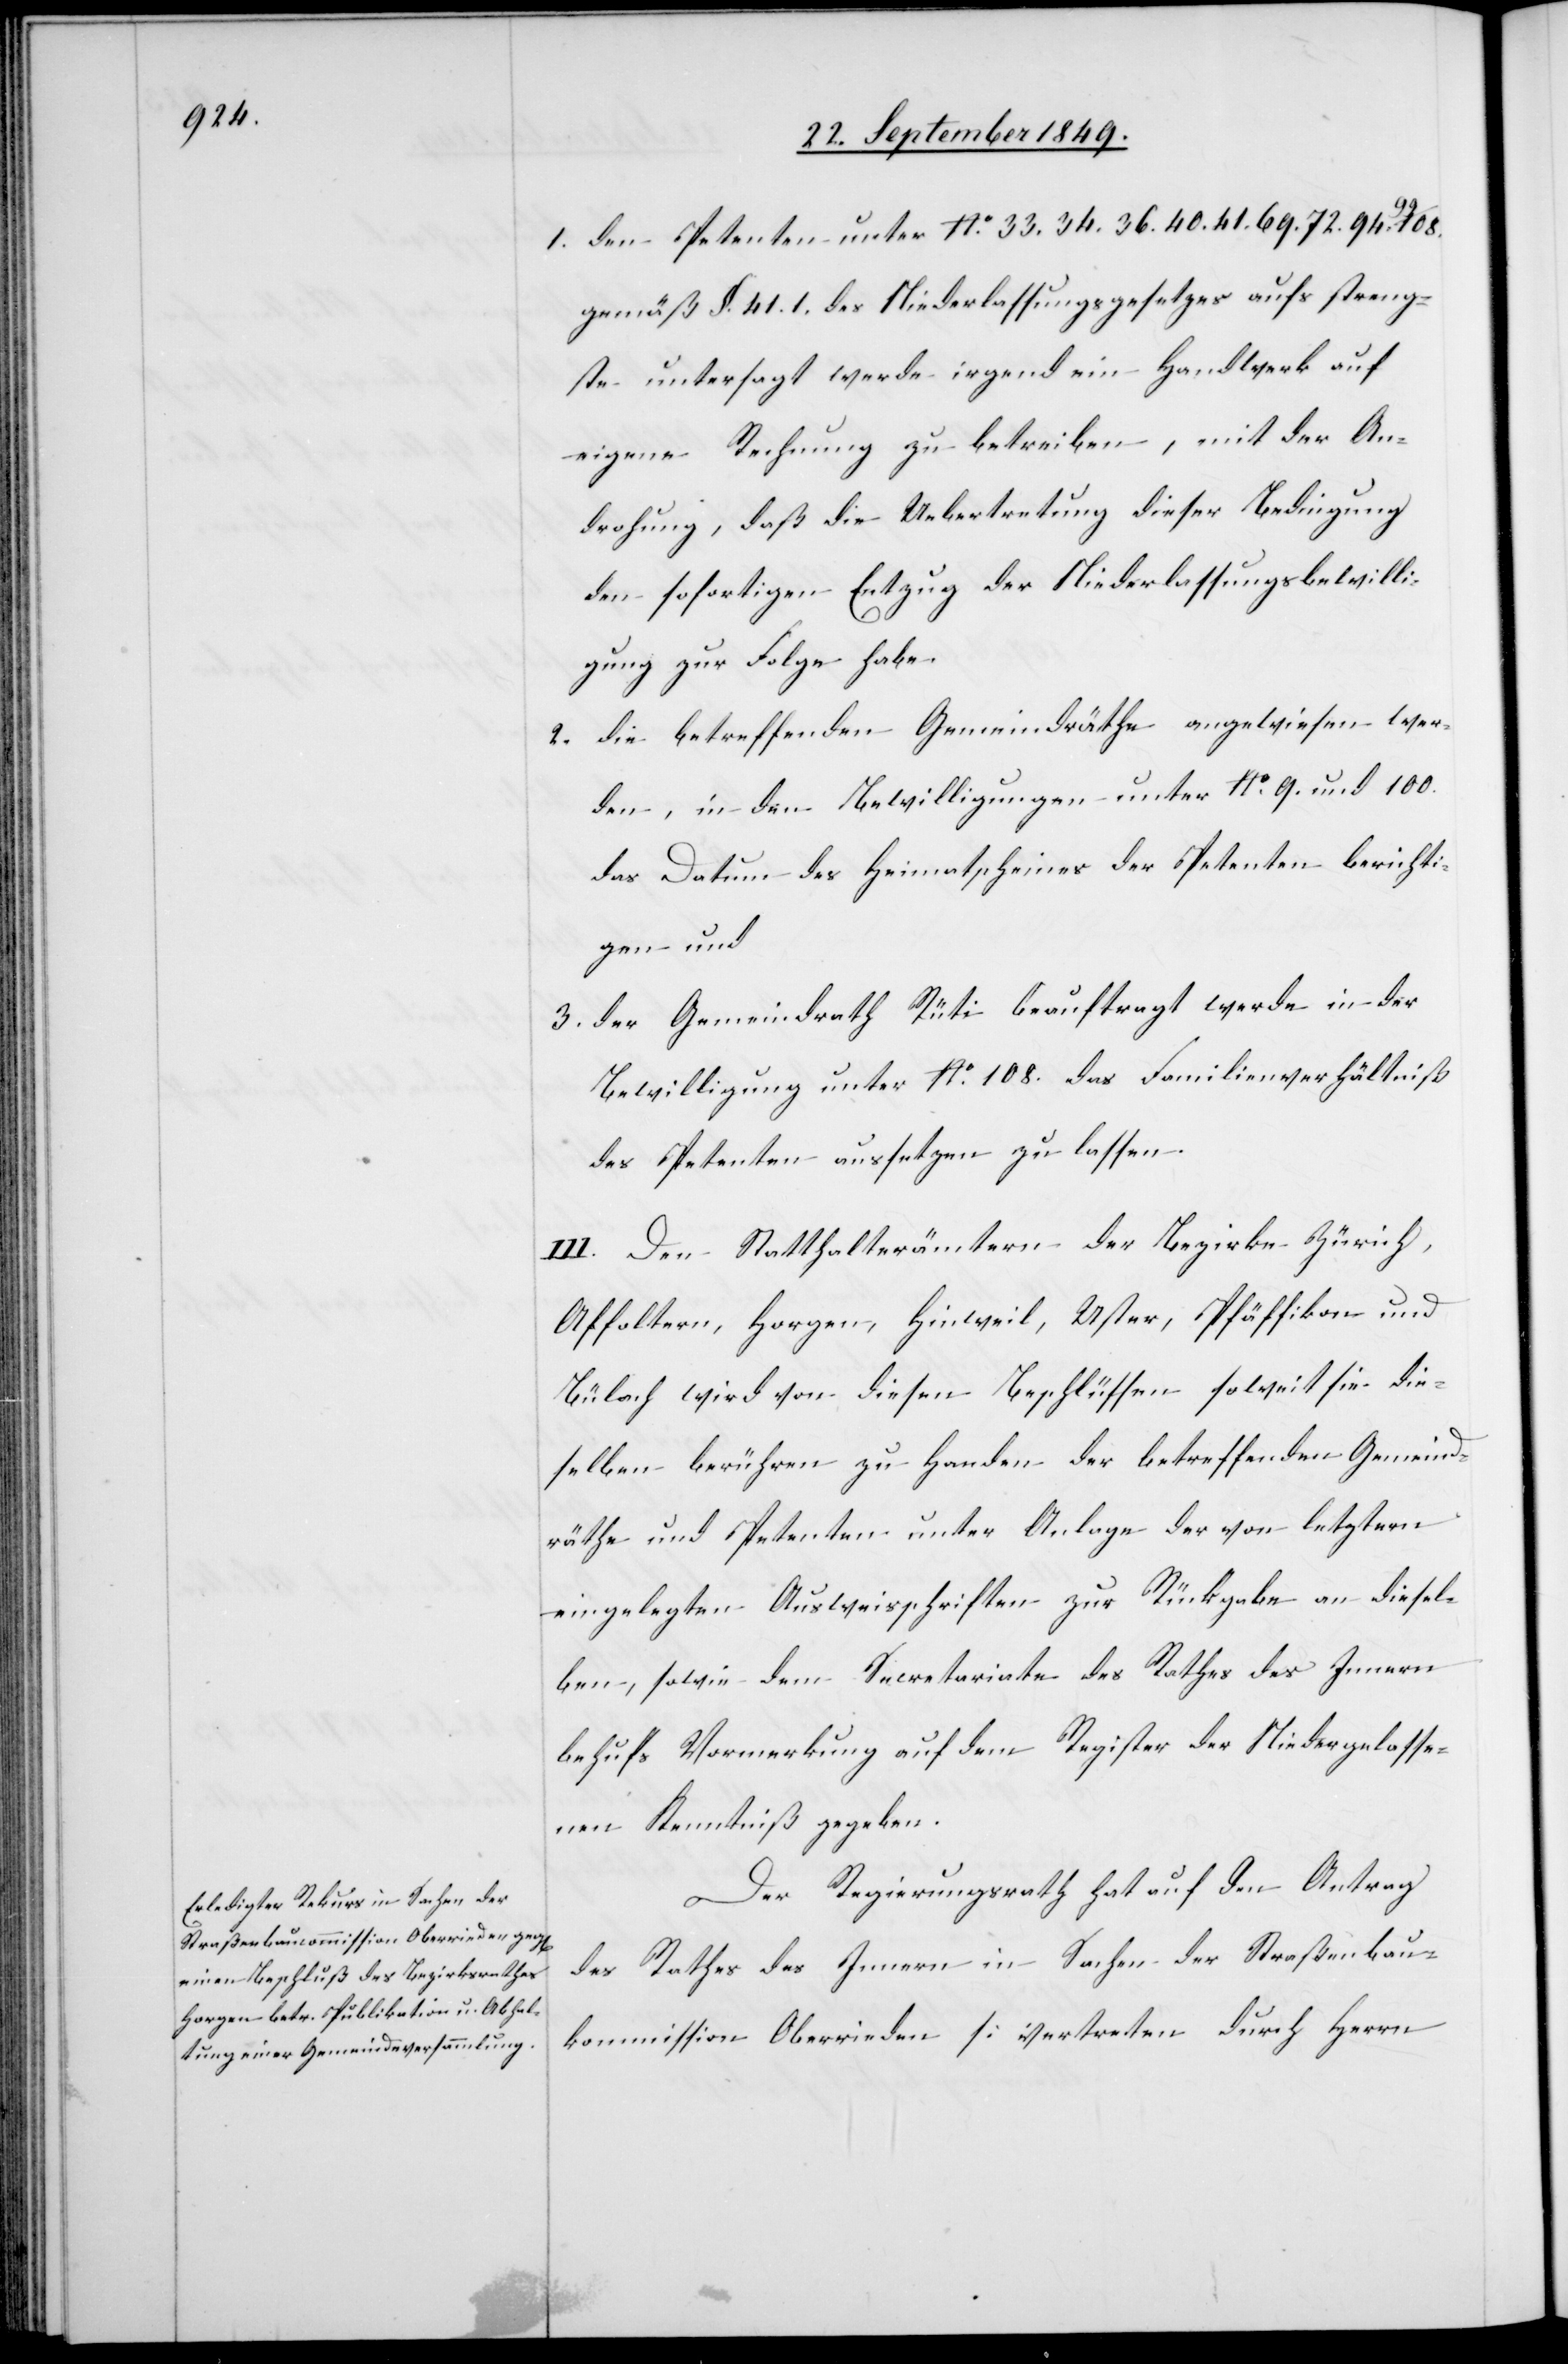
1. den Petenten unter No. 33. 34. 36. 40. 41. 69. 72. 94.
gemäß §. 41.1 des Niederlassungsgesetzes aufs streng¬
ste untersagt werde irgend ein Handwerk auf
eigene Rechnung zu betreiben, mit der An¬
drohung, daß die Uebertretung dieser Bedingung
den sofortigen Entzug der Niederlassungsbewilli¬
gung zur Folge habe.
2. die betreffenden Gemeindräthe angewiesen wer¬
den, in den Bewilligungen unter No. 9. und 100.
das Datum des Heimatscheines der Petenten berichti¬
gen und
3. der Gemeindrath Rüti beauftragt werde in der
Bewilligung unter No.108. das Familienverhältniß
des Petenten aussetzen zu lassen.
III. Den Statthalterämtern der Bezirke Zürich,
Affoltern, Horgen, Hinweil, Uster, Pfäffikon und
Bülach wird von diesen Beschlüssen soweit sie die¬
selben berühren zu Handen der betreffenden Gemeind¬
räthe und Petenten unter Anlage der von letztern
eingelegten Ausweisschriften zur Rückgabe an diesel¬
ben, sowie dem Secretariate des Rathes des Innern
behufs Vermerkung auf dem Register der Niedergelasse¬
nen Kenntniß gegeben.
Der Regierungsrath hat auf den Antrag
des Rathes des Innern in Sachen der Straßenbau¬
kommission Oberrieden [vertreten durch Herrn